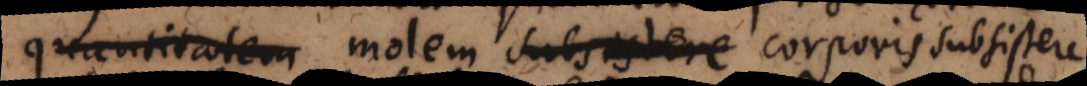
quantitatem molem subsistere corporis subsistere